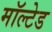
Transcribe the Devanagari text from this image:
मॉल्टेड